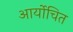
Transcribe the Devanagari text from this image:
आर्योचित